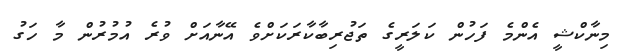
މިނާކްޝީ އެންމެ ފަހުން ކަލަރީގެ ތަޖުރިބާކާރަކަށްވެ އޭނާއަށް ވުރެ އުމުރުން މާ ހަގު